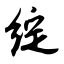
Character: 绽